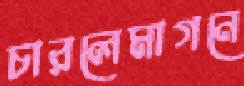
চারলেমাগনে